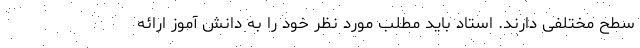
سطح مختلفی دارند. استاد باید مطلب مورد نظر خود را به دانش آموز ارائه